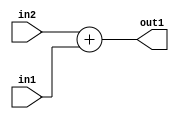
`timescale 1ps / 1ps
/*****************************************************************************
    Verilog RTL Description
    
    
    Created by: Stratus DpOpt 2019.1.01 
*******************************************************************************/

module DC_Filter_Add_12Ux4U_12U_1 (
	in2,
	in1,
	out1
	); /* architecture "behavioural" */ 
input [11:0] in2;
input [3:0] in1;
output [11:0] out1;
wire [11:0] asc001;

assign asc001 = 
	+(in2)
	+(in1);

assign out1 = asc001;
endmodule

/* CADENCE  urn0Swg= : u9/ySgnWtBlWxVPRXgAZ4Og= ** DO NOT EDIT THIS LINE ******/